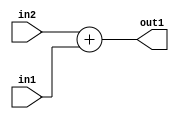
`timescale 1ps / 1ps
/*****************************************************************************
    Verilog RTL Description
    
    
    Created by: Stratus DpOpt 2019.1.01 
*******************************************************************************/

module DC_Filter_Add_12Ux4U_12U_1 (
	in2,
	in1,
	out1
	); /* architecture "behavioural" */ 
input [11:0] in2;
input [3:0] in1;
output [11:0] out1;
wire [11:0] asc001;

assign asc001 = 
	+(in2)
	+(in1);

assign out1 = asc001;
endmodule

/* CADENCE  urn0Swg= : u9/ySgnWtBlWxVPRXgAZ4Og= ** DO NOT EDIT THIS LINE ******/